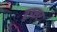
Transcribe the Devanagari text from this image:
ब्रुइसर